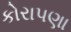
કોરાપણા